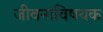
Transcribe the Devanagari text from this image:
जीवनाविषयक